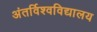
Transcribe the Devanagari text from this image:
अंतर्विश्वविद्यालय